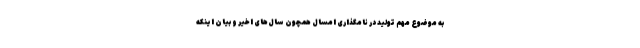
به موضوع مهم تولید در نامگذاری امسال همچون سال‌های اخیر و بیان اینکه